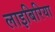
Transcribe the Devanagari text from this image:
लाइबिरिया